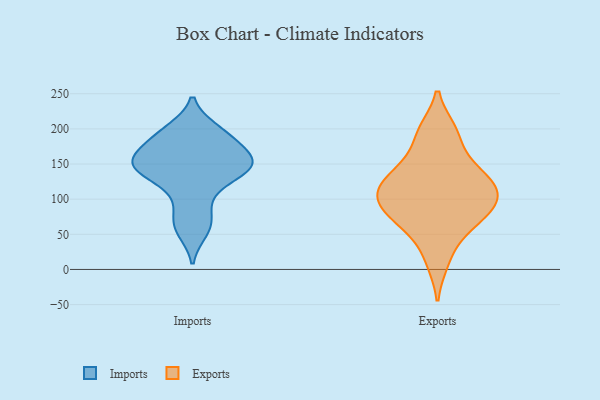
{"axis": {"x": "Production Output", "y": "Value"}, "legend": ["Exports", "Imports"], "data": [{"x": "", "y": 114, "type": "Imports"}, {"x": "", "y": 146, "type": "Imports"}, {"x": "", "y": 85, "type": "Imports"}, {"x": "", "y": 152, "type": "Imports"}, {"x": "", "y": 54, "type": "Imports"}, {"x": "", "y": 64, "type": "Imports"}, {"x": "", "y": 199, "type": "Imports"}, {"x": "", "y": 155, "type": "Imports"}, {"x": "", "y": 168, "type": "Imports"}, {"x": "", "y": 147, "type": "Imports"}, {"x": "", "y": 179, "type": "Imports"}, {"x": "", "y": 198, "type": "Imports"}, {"x": "", "y": 185, "type": "Imports"}, {"x": "", "y": 132, "type": "Imports"}, {"x": "", "y": 143, "type": "Imports"}, {"x": "", "y": 149, "type": "Imports"}, {"x": "", "y": 109, "type": "Exports"}, {"x": "", "y": 96, "type": "Exports"}, {"x": "", "y": 81, "type": "Exports"}, {"x": "", "y": 195, "type": "Exports"}, {"x": "", "y": 113, "type": "Exports"}, {"x": "", "y": 76, "type": "Exports"}, {"x": "", "y": 11, "type": "Exports"}, {"x": "", "y": 105, "type": "Exports"}, {"x": "", "y": 119, "type": "Exports"}, {"x": "", "y": 138, "type": "Exports"}, {"x": "", "y": 158, "type": "Exports"}, {"x": "", "y": 198, "type": "Exports"}, {"x": "", "y": 71, "type": "Exports"}, {"x": "", "y": 49, "type": "Exports"}, {"x": "", "y": 136, "type": "Exports"}]}